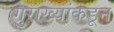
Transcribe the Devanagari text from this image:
गुराख्यांकडून